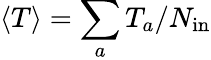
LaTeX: \langle T\rangle={\sum_{a}T_{a}}/{N_{\mathrm{in}}}